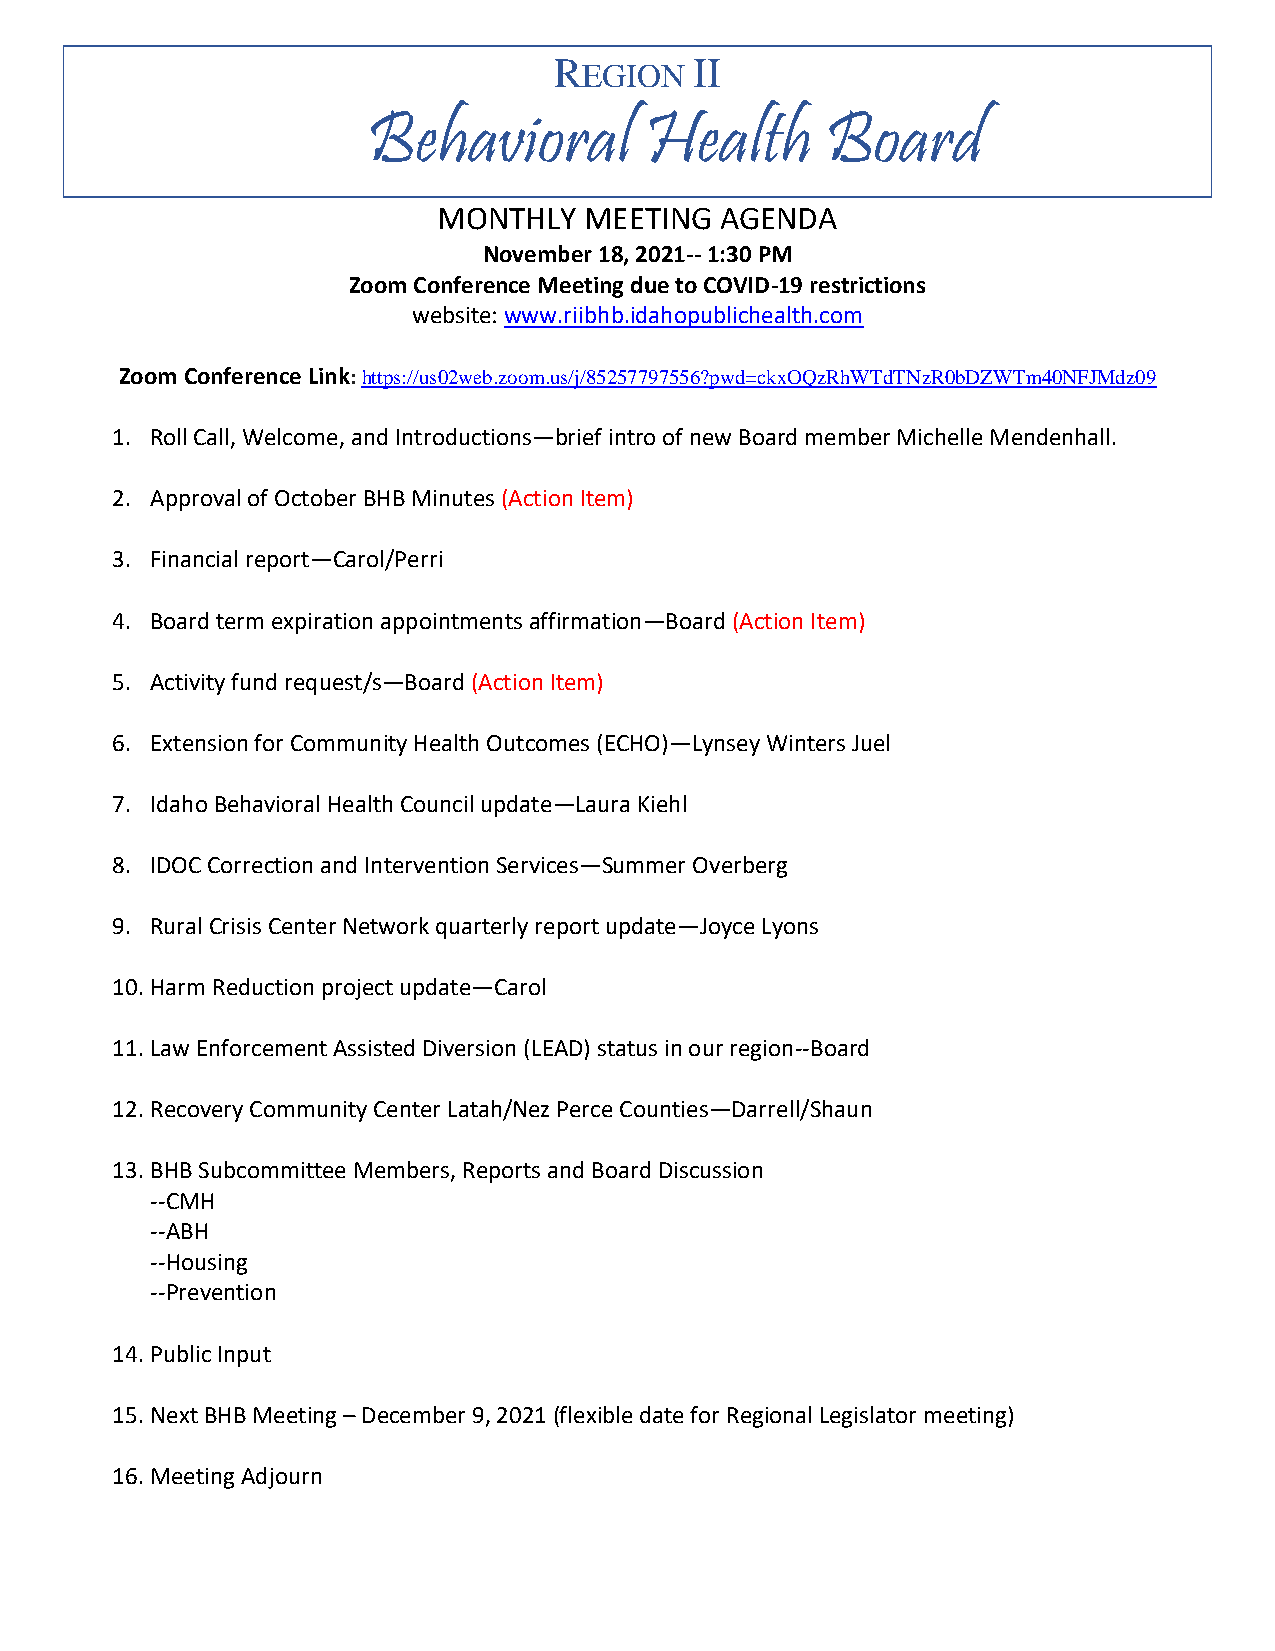
R        II
 EGION
 Behavioral         Health      Board
 MONTHLY   MEETING  AGENDA
 November 18, 2021-- 1:30 PM
 Zoom Conference Meeting due to COVID-19 restrictions
 website: www.riibhb.idahopublichealth.com
 Zoom Conference Link: https://us02web.zoom.us/j/85257797556?pwd=ckxOQzRhWTdTNzR0bDZWTm40NFJMdz09
 1. Roll Call, Welcome, and Introductions—brief intro of new Board member Michelle Mendenhall.
 2. Approval of October BHB Minutes (Action Item)
 3. Financial report—Carol/Perri
 4. Board term expiration appointments affirmation—Board (Action Item)
 5. Activity fund request/s—Board (Action Item)
 6. Extension for Community Health Outcomes (ECHO)—Lynsey Winters Juel
 7. Idaho Behavioral Health Council update—Laura Kiehl
 8. IDOC Correction and Intervention Services—Summer Overberg
 9. Rural Crisis Center Network quarterly report update—Joyce Lyons
 10. Harm Reduction project update—Carol
 11. Law Enforcement Assisted Diversion (LEAD) status in our region--Board
 12. Recovery Community Center Latah/Nez Perce Counties—Darrell/Shaun
 13. BHB Subcommittee Members, Reports and Board Discussion
 --CMH
 --ABH
 --Housing
 --Prevention
 14. Public Input
 15. Next BHB Meeting – December 9, 2021 (flexible date for Regional Legislator meeting)
 16. Meeting Adjourn